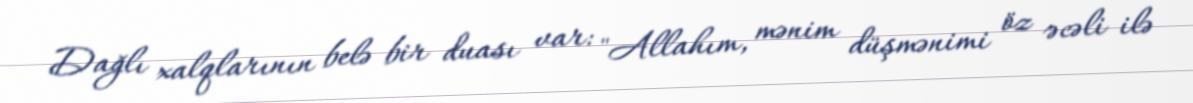
Dağlı xalqlarının belə bir duası var: "Allahım, mənim düşmənimi öz əcəli ilə